Report on sanitation, dispensaries, and jails in Rajputana for 1914, and on vaccination for the year 1914-1915 - 1914-1915
Year: 1914
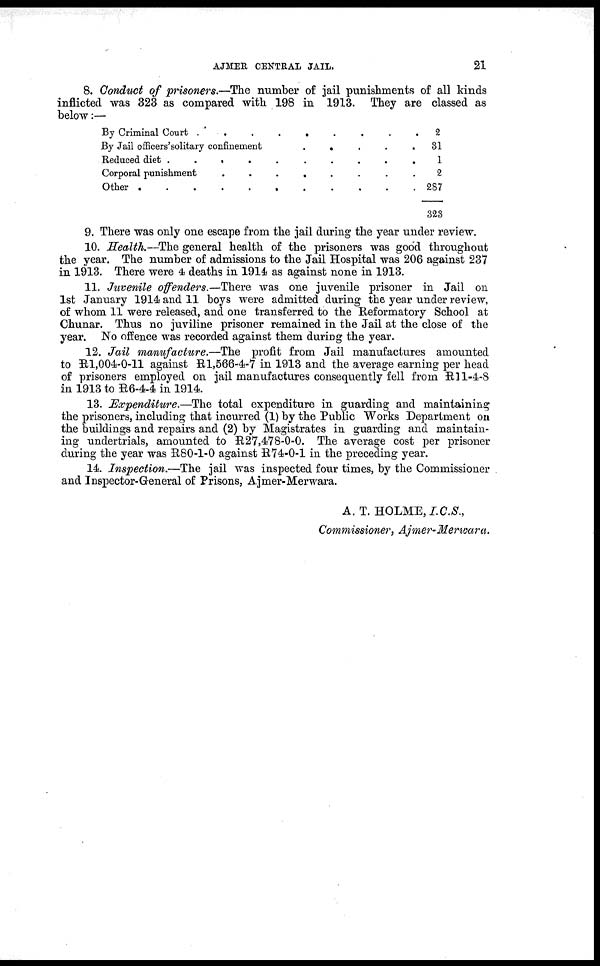
AJMER CENTRAL JAIL.
21
8. Conduct of prisoners.—The number of jail punishments of all kinds
inflicted was 323 as compared with 198 in 1913. They are classed as
below:—
By Criminal Court . . . . . . . . .
By Jail officers'solitary confinement
.
.
.
.
.
Reduced diet . . . . . . . . . .
Corporal punishment
.
.
.
.
.
.
.
.
Other .
.
.
.
.
.
.
.
.
.
.
2
31
1
2
287
323
9. There was only one escape from the jail during the year under review.
10. Health.—The general health of the prisoners was good throughout
the year. The number of admissions to the Jail Hospital was 206 against 237
in 1913. There were 4 deaths in 1914 as against none in 1913.
11. Juvenile offenders.—There was one juvenile prisoner in Jail on
1st January 1914 and 11 boys were admitted during the year under review,
of whom 11 were released, and one transferred to the Reformatory School at
Chunar. Thus no juviline prisoner remained in the Jail at the close of the
year. No offence was recorded against them during the year.
12. Jail manufacture.—The profit from Jail manufactures amounted
to R1,004-0-11 against R1,566-4-7 in 1913 and the average earning per head
of prisoners employed on jail manufactures consequently fell from R11-4-8
in 1913 to R6-4-4 in 1914.
13. Expenditure.—The total expenditure in guarding and maintaining
the prisoners, including that incurred (1) by the Public Works Department on
the buildings and repairs and (2) by Magistrates in guarding and maintain-
ing undertrials, amounted to R27,478-0-0. The average cost per prisoner
during the year was R80-1-0 against R74-0-1 in the preceding year.
14. Inspection.—The jail was inspected four times, by the Commissioner
and Inspector-General of Prisons, Ajmer-Merwara.
A. T. HOLME, I.C.S.,
Commissioner, Ajmer-Merwara.